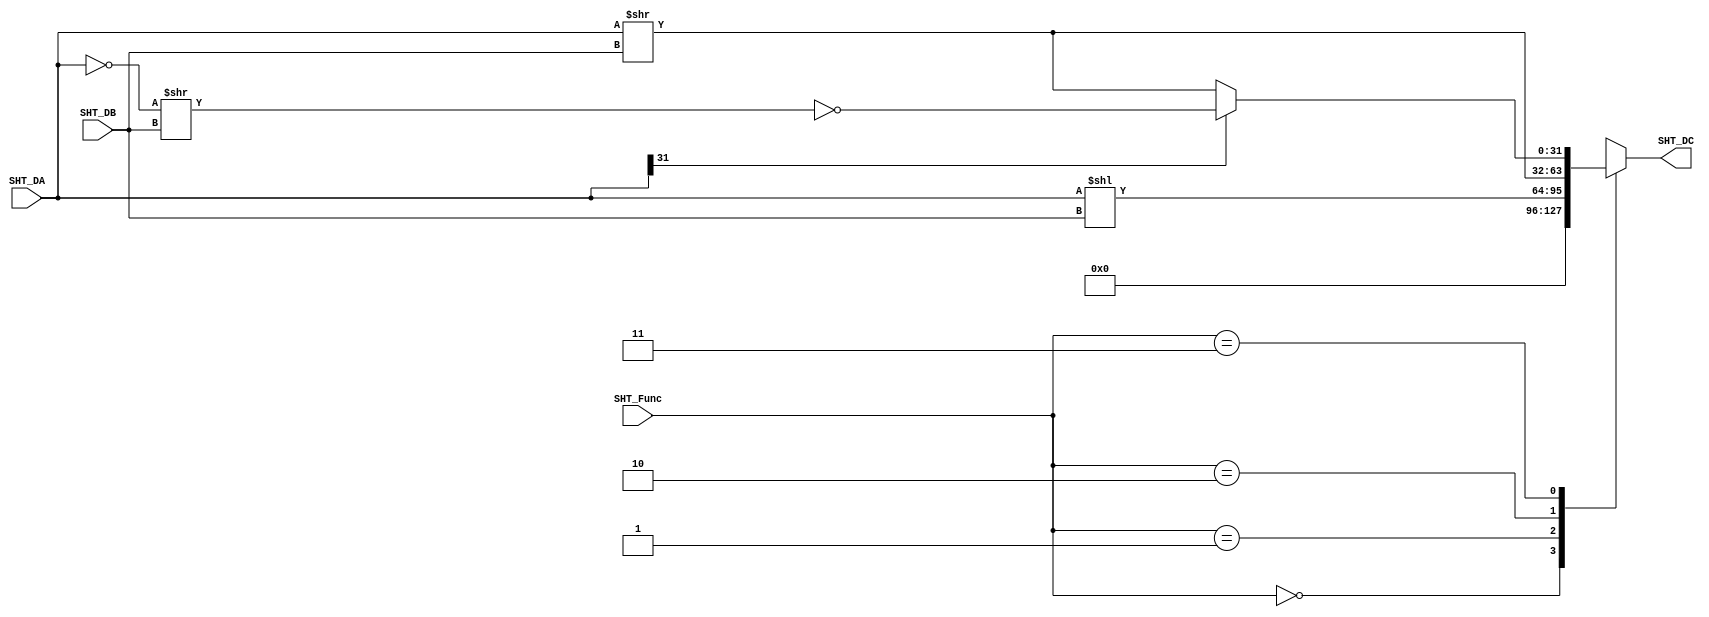
module Shifter(SHT_DA, SHT_DB, SHT_Func, SHT_DC);
	input[31:0] SHT_DA;
	input[4:0] SHT_DB;
	input[1:0] SHT_Func;
	output[31:0] SHT_DC;
	reg[31:0] SHT_DC;
	always
	begin
		case(SHT_Func)
			2'b00: SHT_DC = 0;
			2'b01: SHT_DC = SHT_DA << SHT_DB;
			2'b10: SHT_DC = SHT_DA >> SHT_DB;
			2'b11:
				begin
					if(SHT_DA[31])SHT_DC = ~((~SHT_DA)>>SHT_DB);
					else SHT_DC = (SHT_DA>>SHT_DB);
				end
		endcase
	end
endmodule